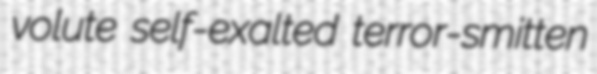
volute self-exalted terror-smitten